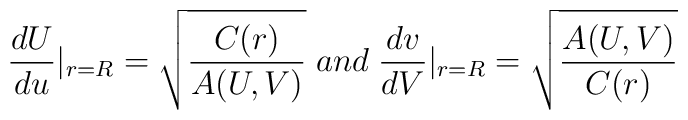
\frac{dU}{du}|_{r=R}=\sqrt{\frac{C(r)}{A(U,V)}}\;and\;\frac{dv}{dV}|_{r=R}=\sqrt{\frac{A(U,V)}{C(r)}}